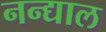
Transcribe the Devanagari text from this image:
नन्द्याल